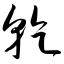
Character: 干